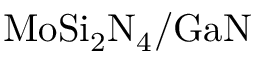
\mathrm { M o S i _ { 2 } N _ { 4 } / G a N }